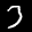
Label: 3